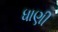
ધાણી